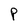
Character: P